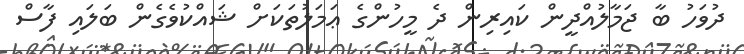
ދުވަހު ބާ ޖަމާލުއްދީން ކައިރިން ދެ މީހުންގެ ޢަމަލުތަކަށް ޝައްކުވެގެން ބަލައި ފާސް